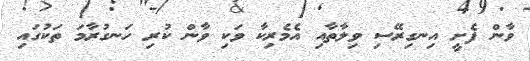
ވާން ފެށީ އިނގިރޭސި ވިލާތާއި އެމެރިކާ ވަކި ވާން ކުރި ހަނގުރާމަ ތަކުގައި